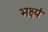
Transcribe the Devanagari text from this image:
भक्ष्यं